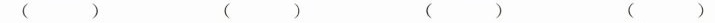
（ ）（ ）（ ）（ ）